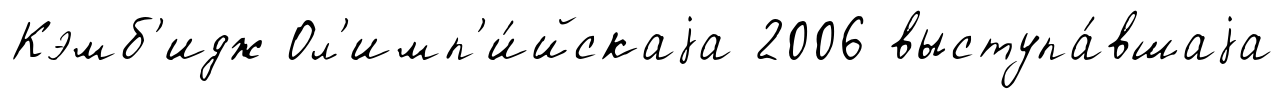
Кэмб'идж Ол'имп'и́йскаjа 2006 выступа́вшаjа